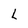
Character: l